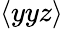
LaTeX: \langle yyz\rangle